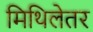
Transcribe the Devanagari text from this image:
मिथिलेतर